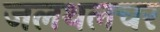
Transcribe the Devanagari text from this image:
जलथलचर